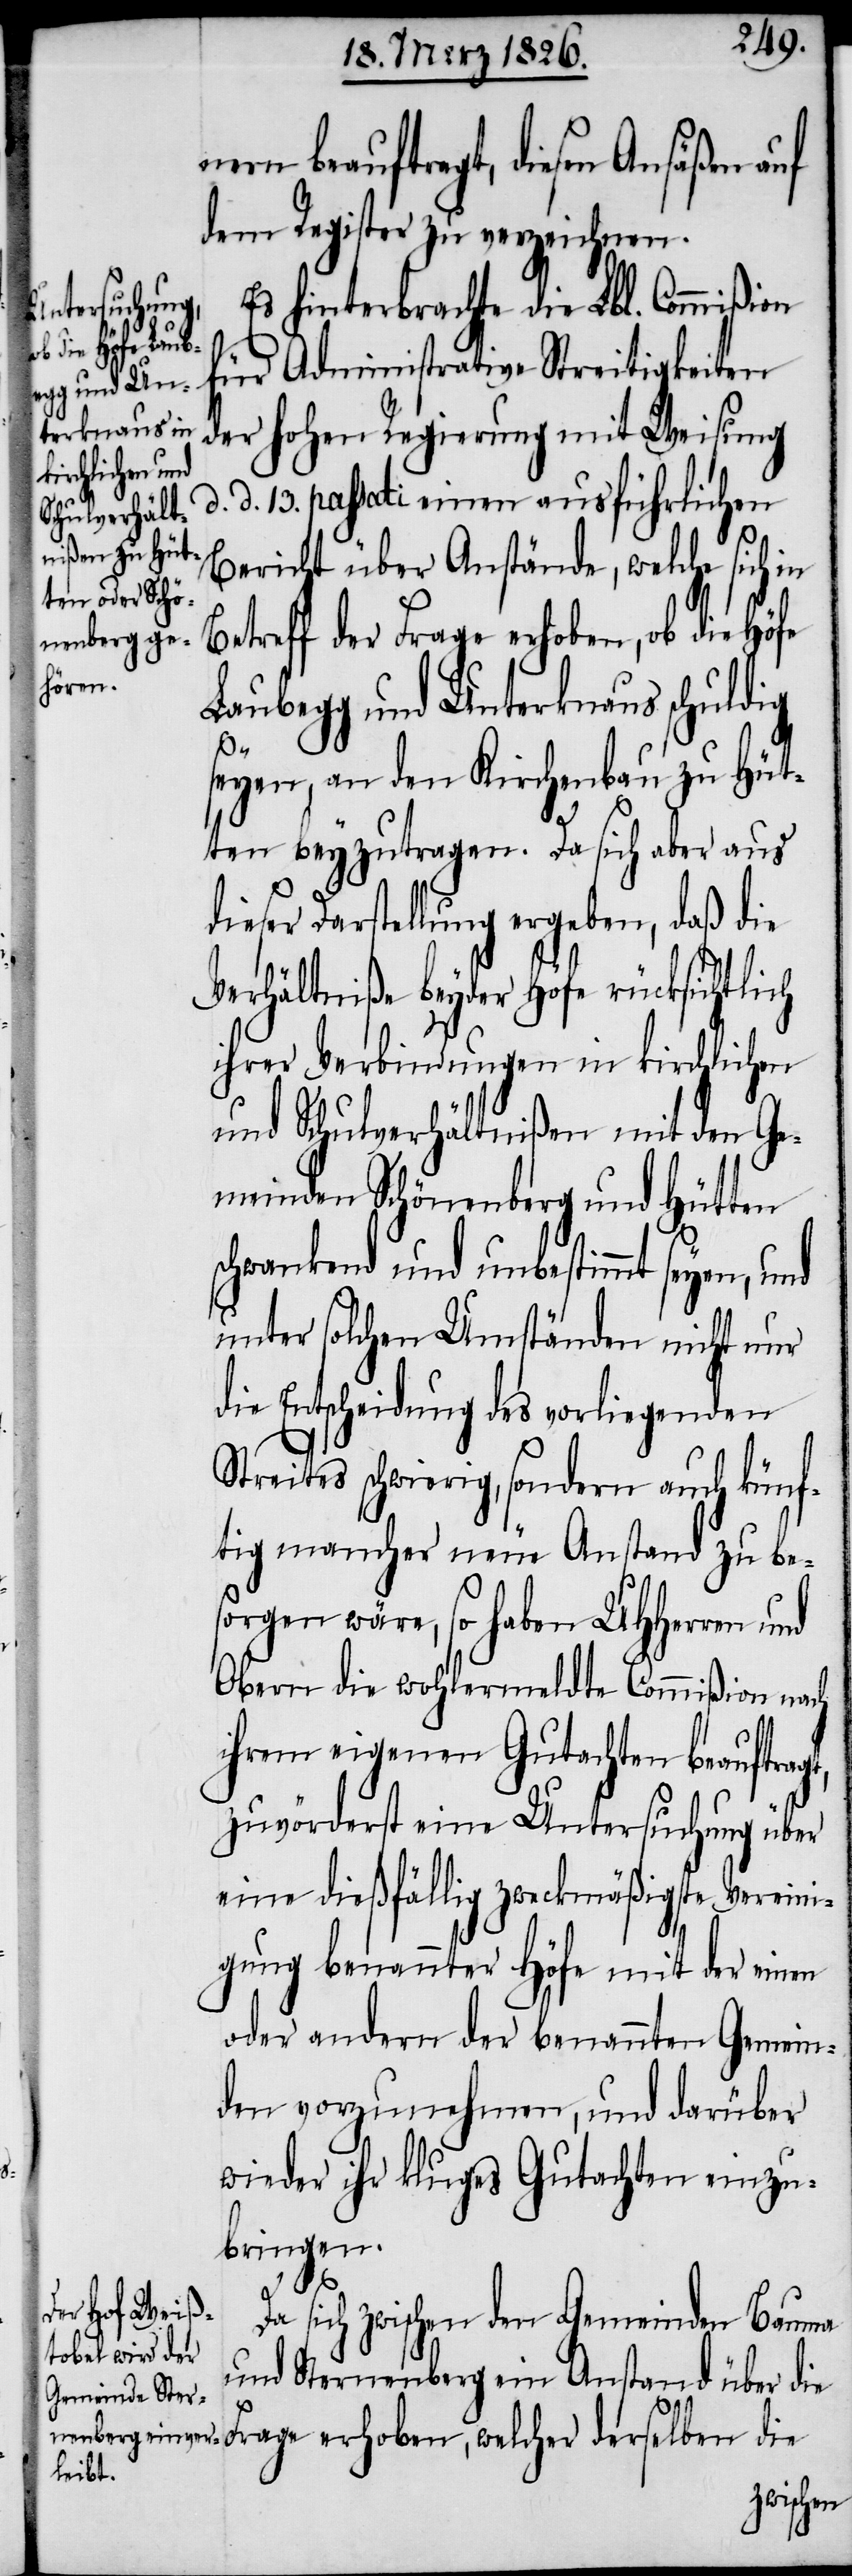
nern beauftragt, diesen Ansäßen auf
dem Register zu verzeichnen.
Es hinterbrachte die Lbl. Commißion
für Administrative Streitigkeiten
der hohen Regierung mit Weisung
d. d. 13. passati einen ausführlichen
Bericht über Anstände, welche sich
Betreff der Frage erhoben, ob die Höfe
Laubegg und Unterknaus schuldig
seyen, an den Kirchenbau zu Hüt¬
ten beyzutragen. Da sich aber aus
dieser Darstellung ergeben, daß die
Verhältniße beyder Höfe rücksichtlich
ihrer Verbindungen in kirchlichen
und Schulverhältnißen mit den Ge¬
meinden Schönenberg und Hütten
schwankend und unbestimmt seyen, und
unter solchen Umständen nicht nur
die Entscheidung des vorliegenden
Streites schwierig, sondern auch künf¬
tig mancher neue Anstand zu be¬
sorgen wäre, so haben UHHerren und
Obern die wohlermeldte Commißion nach
ihrem eigenen Gutachten beauftrag¬
zuvörderst eine Untersuchung über
eine dießfällig zweckmäßigste Vereini¬
t,
gung benannter Höfe mit der einen
oder andern der benannten Gemein¬
den vorzunehmen, und darüber
wieder ihr kluges Gutachten einzu¬
bringen.
Da sich zwischen den Gemeinden Bauma
und Sternenberg ein Anstand über die
Frage erhoben, welcher derselben die